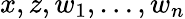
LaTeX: x,z,w_{1},\ldots,w_{n}